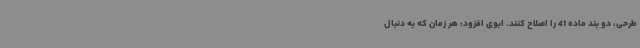
طرحی، دو بند ماده 41 را اصلاح کنند. ابوی افزود: هر زمان که به دنبال